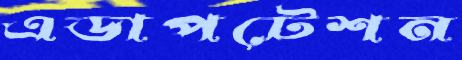
এডাপটেশন